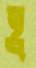
হ্র